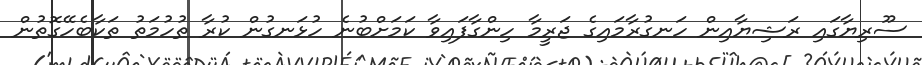
ސޫރިޔާގައި ރަޝިޔާއިން ހަނގުރާމައިގެ ޖަރީމާ ހިންގާފައިވާ ކަމަށްބުނެ ހުޅަނގުން ކުރާ ތުހުމަތު ތަކާބެހޭގޮތުން